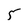
Character: 5